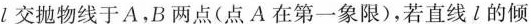
l交抛物线于A，B两点(点A在第一象限)，若直线l的倾